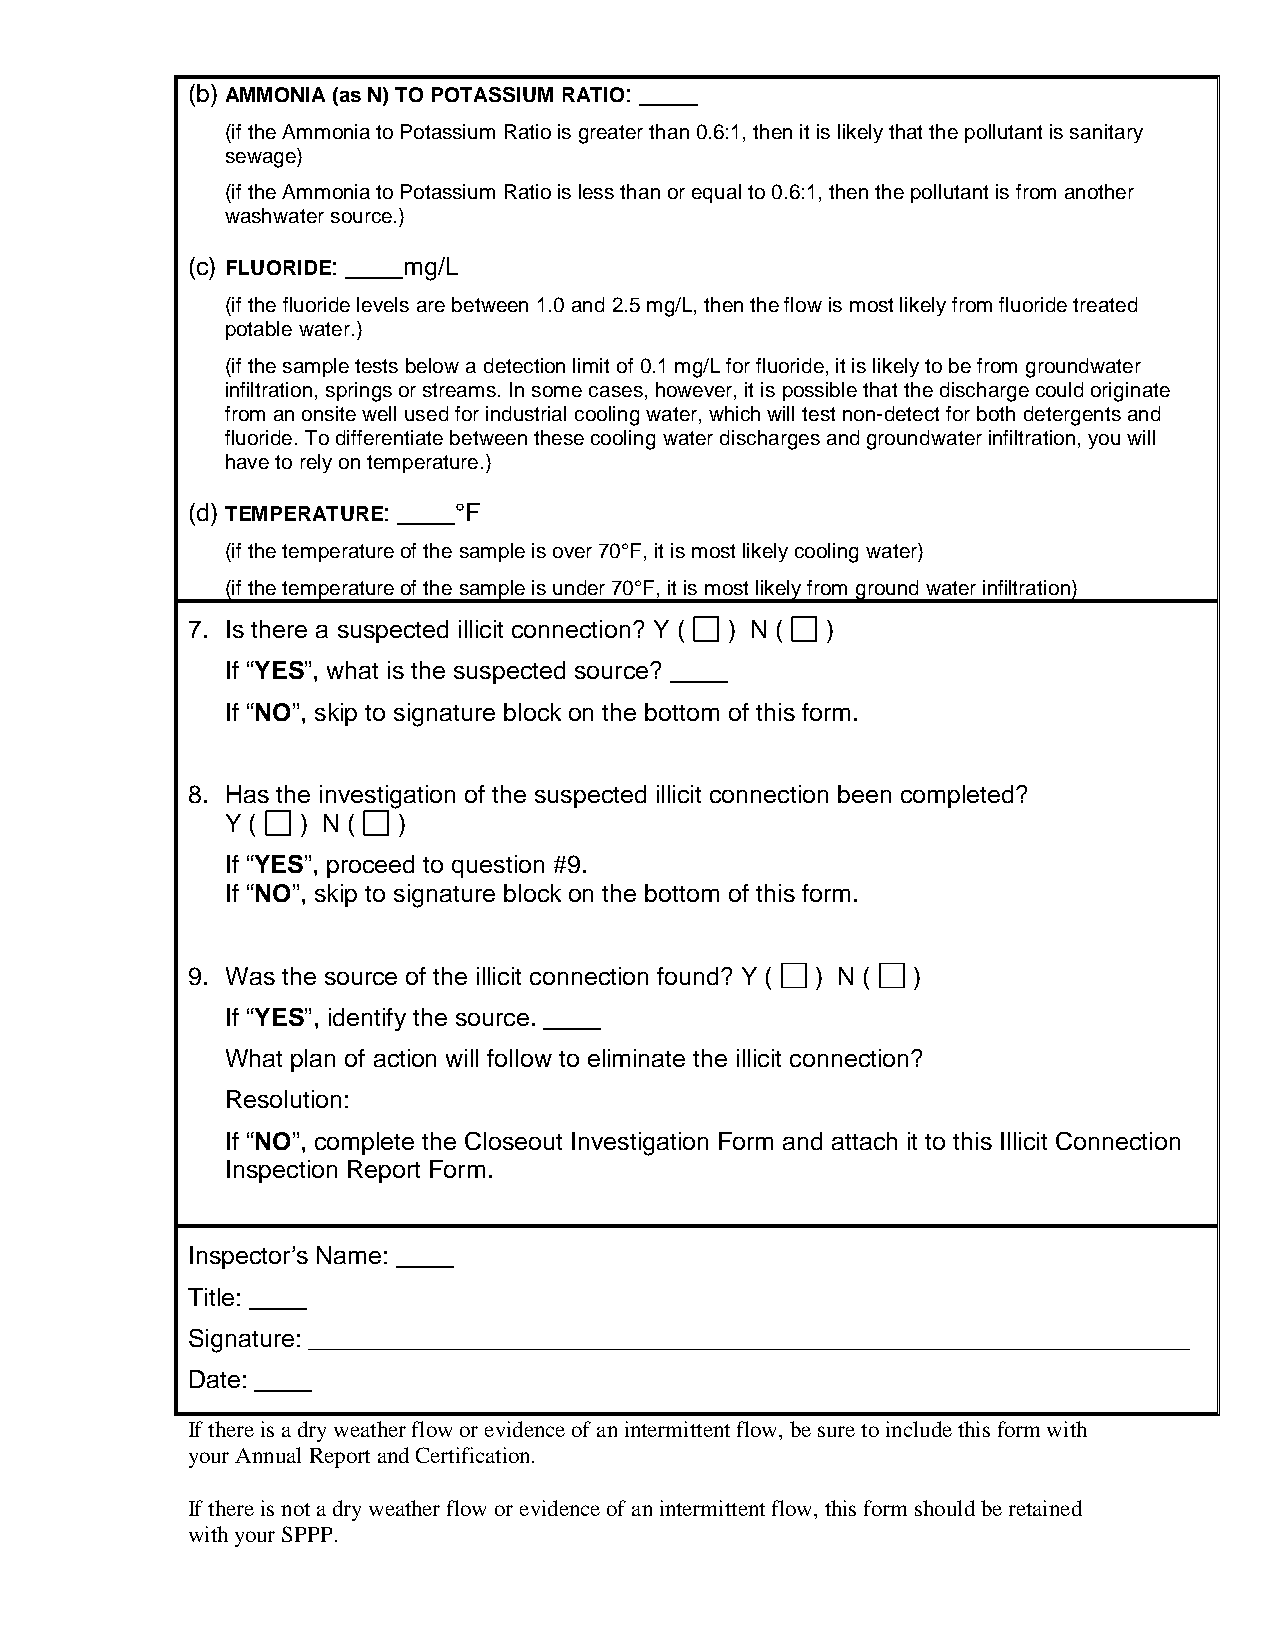
(b) AMMONIA (as N) TO POTASSIUM RATIO:
 (if the Ammonia to Potassium Ratio is greater than 0.6:1, then it is likely that the pollutant is sanitary
 sewage)
 (if the Ammonia to Potassium Ratio is less than or equal to 0.6:1, then the pollutant is from another
 washwater source.)
 (c) FLUORIDE:  mg/L
 (if the fluoride levels are between 1.0 and 2.5 mg/L, then the flow is most likely from fluoride treated
 potable water.)
 (if the sample tests below a detection limit of 0.1 mg/L for fluoride, it is likely to be from groundwater
 infiltration, springs or streams. In some cases, however, it is possible that the discharge could originate
 from an onsite well used for industrial cooling water, which will test non-detect for both detergents and
 fluoride. To differentiate between these cooling water discharges and groundwater infiltration, you will
 have to rely on temperature.)
 (d) TEMPERATURE:  °F
 (if the temperature of the sample is over 70°F, it is most likely cooling water)
 (if the temperature of the sample is under 70°F, it is most likely from ground water infiltration)
 7. Is there a suspected illicit connection? Y ( ) N ( )
 If “YES”, what is the suspected source?
 If “NO”, skip to signature block on the bottom of this form.
 8. Has the investigation of the suspected illicit connection been completed?
 Y (  ) N ( )
 If “YES”, proceed to question #9.
 If “NO”, skip to signature block on the bottom of this form.
 9. Was the source of the illicit connection found? Y ( ) N ( )
 If “YES”, identify the source.
 What plan of action will follow to eliminate the illicit connection?
 Resolution:
 If “NO”, complete the Closeout Investigation Form and attach it to this Illicit Connection
 Inspection Report Form.
 Inspector’s Name:
 Title:
 Signature: _______________________________________________________________
 Date:
 If there is a dry weather flow or evidence of an intermittent flow, be sure to include this form with
 your Annual Report and Certification.
 If there is not a dry weather flow or evidence of an intermittent flow, this form should be retained
 with your SPPP.